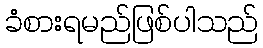
ခံစားရမည်ဖြစ်ပါသည်